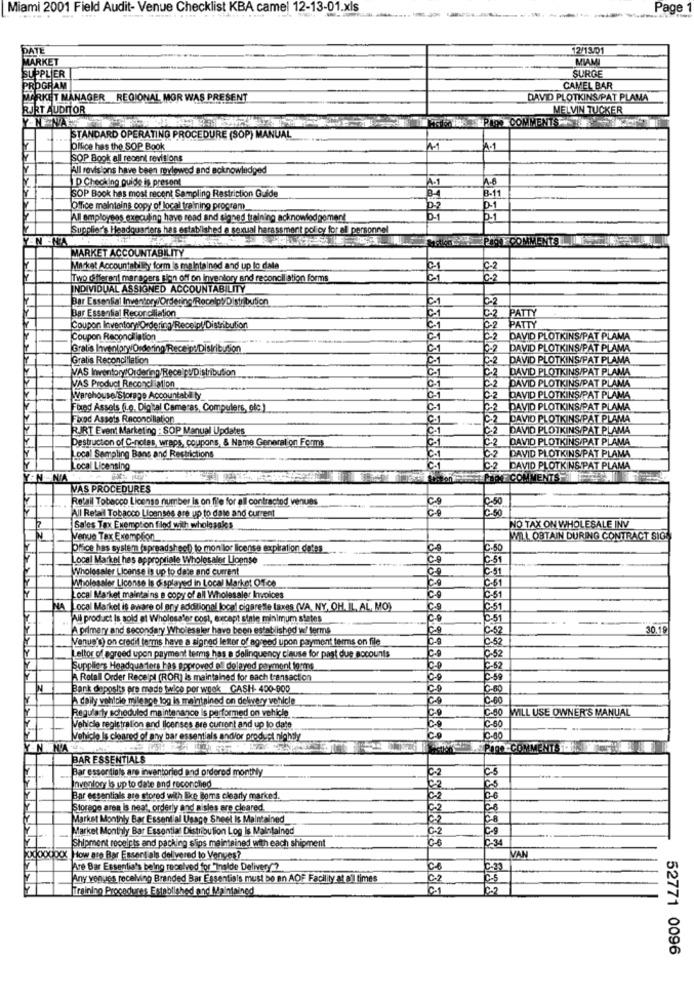
Miami 2001 Field Audit- Venue Checklist KBA camel 12-13-01.xls
Page
DATE
12/13.01
MARKET
MIAMI
SUPPLIER
SURGE
PROGRAM
CAMEL BAR
MARKET MANAGER REGIONAL MOR WAS PRESENT
DAVID PLOTKINS/PAT PLAMA
RJRT AUDITOR
MELVIN TUCKER
5%14 PIOS COMMENTS
STANDARD OPERATING PROCEDURE (SOP) MANUAL
Office has the SOP Book
A-1
SOP Book all recent revisions
All revisions have been reviewed and acknowledged
p Checking quide is present
B-11
SOP Book hes most recent Sampling Restriction Guide
Office maintains copy of local training program
0.1
All employees execuling have read and signed training acknowledgement
0-1
Supplier's Headquarters has established a sexual harassment policy for all personnel
THEPIT COMMENTSIN
MARKET ACCOUNTABILITY
Mørket Accountability form is maintained and up lo dale
01
C-2
Two different managers sion off on inventory and reconciliation forms
6.2
INDIVIDUAL ASSIGNED ACCOUNTABILITY
Bar Essential Inventory/Ordering/Receipt Distribution
C-2
Bar Essential Reconciliation
C-2
PATTY
PATTY
Coupon Inventory Ordering/Recelpl/Distribution
0-2
Coupon Reconciliation
C1
C-2
DAVID PLOTKINS/PAT PLAMA
Gratis InventoryOrdering Receip:/Distribution
DAVID PLOTKINS/PAT PLAMA
Gratis Reconciliation
C-2
DAVID PLOTKINS/PAT PLAMA
VAS InventoryOrdering/Receipt/Distribution
C-2 DAVID PLOTKINS/PAT PLAMA
C-2 DAVID PLOTKINS/PAT PLAMA
VAS Product Reconci ation
01
Varehouse/Storage Accountabl ty
C1
-2 DAVID PLOTKINS/PAT PLAMA
Fixed Assels (i.e. Digital Cameras, Compulers, elc )
C1
-2 DAVID PLOTKINS/PAT PLAMA
Forod Assets Reconciliation
C-1
C2
DAVID PLOTKINS PAT PLAMA
RJRT Event Marketing : SOP Manual Updates
CA
2 DAVID PLOTKINS/PAT PLAMA
Destruction of C-notes, wraps, coupons, & Name Generalion Forms
C-2 DAVID PLOTKINS/PAT PLAMA
C.2 DAVID PLOTKINS/PAT PLAMA
Local Sampling Bans and Restrictions
C-1
ocal Licensing
C-1
C-2 DAVID PLOTKINS. PAT PLAMA
EN.
NIA
RTXT COMMENTS -ANI
VAS PROCEDURES
Retail Tobacco License number is on file for all contractod venues
All Retail Tobacco Lloanses are up to date and current
Sales Tax Exemption filed with wholesales
NO TAX ON WHOLESALE INV
N
Venue Tax Exemption
WI.L. OBTAIN DURING CONTRACT SIG
Pfice has system (spreadsheet) to mon lor license expiration dates
C-50
ocal Markel hes appropriate Wholesaler License
C.9
C-51
Wholesaler License is up to date and current
Wholesaler License is displayed in Local Market Off.ce
C-61
Local Market maintains a copy of all Wholesaler Invoices
CO
C-51
NA |Local Market is aware of any additional local cigarette taxes (VA, NY, OH, IL, AL, MO)
C.9
C:51
All product Is sold at Wholesaler cost, except stnie minimum states
Co
C-51
A primary and secondary Wholesaler have been established w/ terms
30.19
Venue's) on credit ferms have a signed letter of agreed upon payment terms on file
C-52
Lettor of agreed upon payment terms has a delinquency clause for past due socounts
C-9
İÇ-52
Suppliers Headquarters has approved ell delayed payment forms
C-52
A. Retall Order Receipl (ROR) is maintained for Bach transaction
00
C-59
Bank deposits pre made twice por wook CASH- 400-900
Co
C-BC
A daily vehicle mileage tog is maintained on delivery vehicle
C-60
Regularly scheduled maintenance is performed on vehicle
Co
IC-80
WILL USE OWNER'S MANUAL
Vehicle registration and licenses are current and up to date
C-60
Vehicle Is cleared of any bar essentials and/or product nightly
10-80
M'A
PTO COMMENTS OH
BAR ESSENTIALS
Bar essentials are inventoried and ordered monthy
22
Cs
Inventory is up to date and reconclied
Bar essentials are stored with like Blems clearly marked.
Storage area is neat, orderly and aisles ere cleared.
C2
C-8
Market Monthly Bar Essential Usage Sheet Is Maintained
02
Market Monthly Bar Essential Distribution Log is Maintained
Shipment receipts and packing slips maintained with each shipment
C-34
0000000 How are Bar Essentials delivered to Venves?
VAN
Are Bar Essentia's being received for "Inside Delivery?
Ce
C-29
Any venues receiving Branded Bar Essentials must be en AOF Facility at all times
Training Procedures Established and Maintained
C1
62
52771 0096